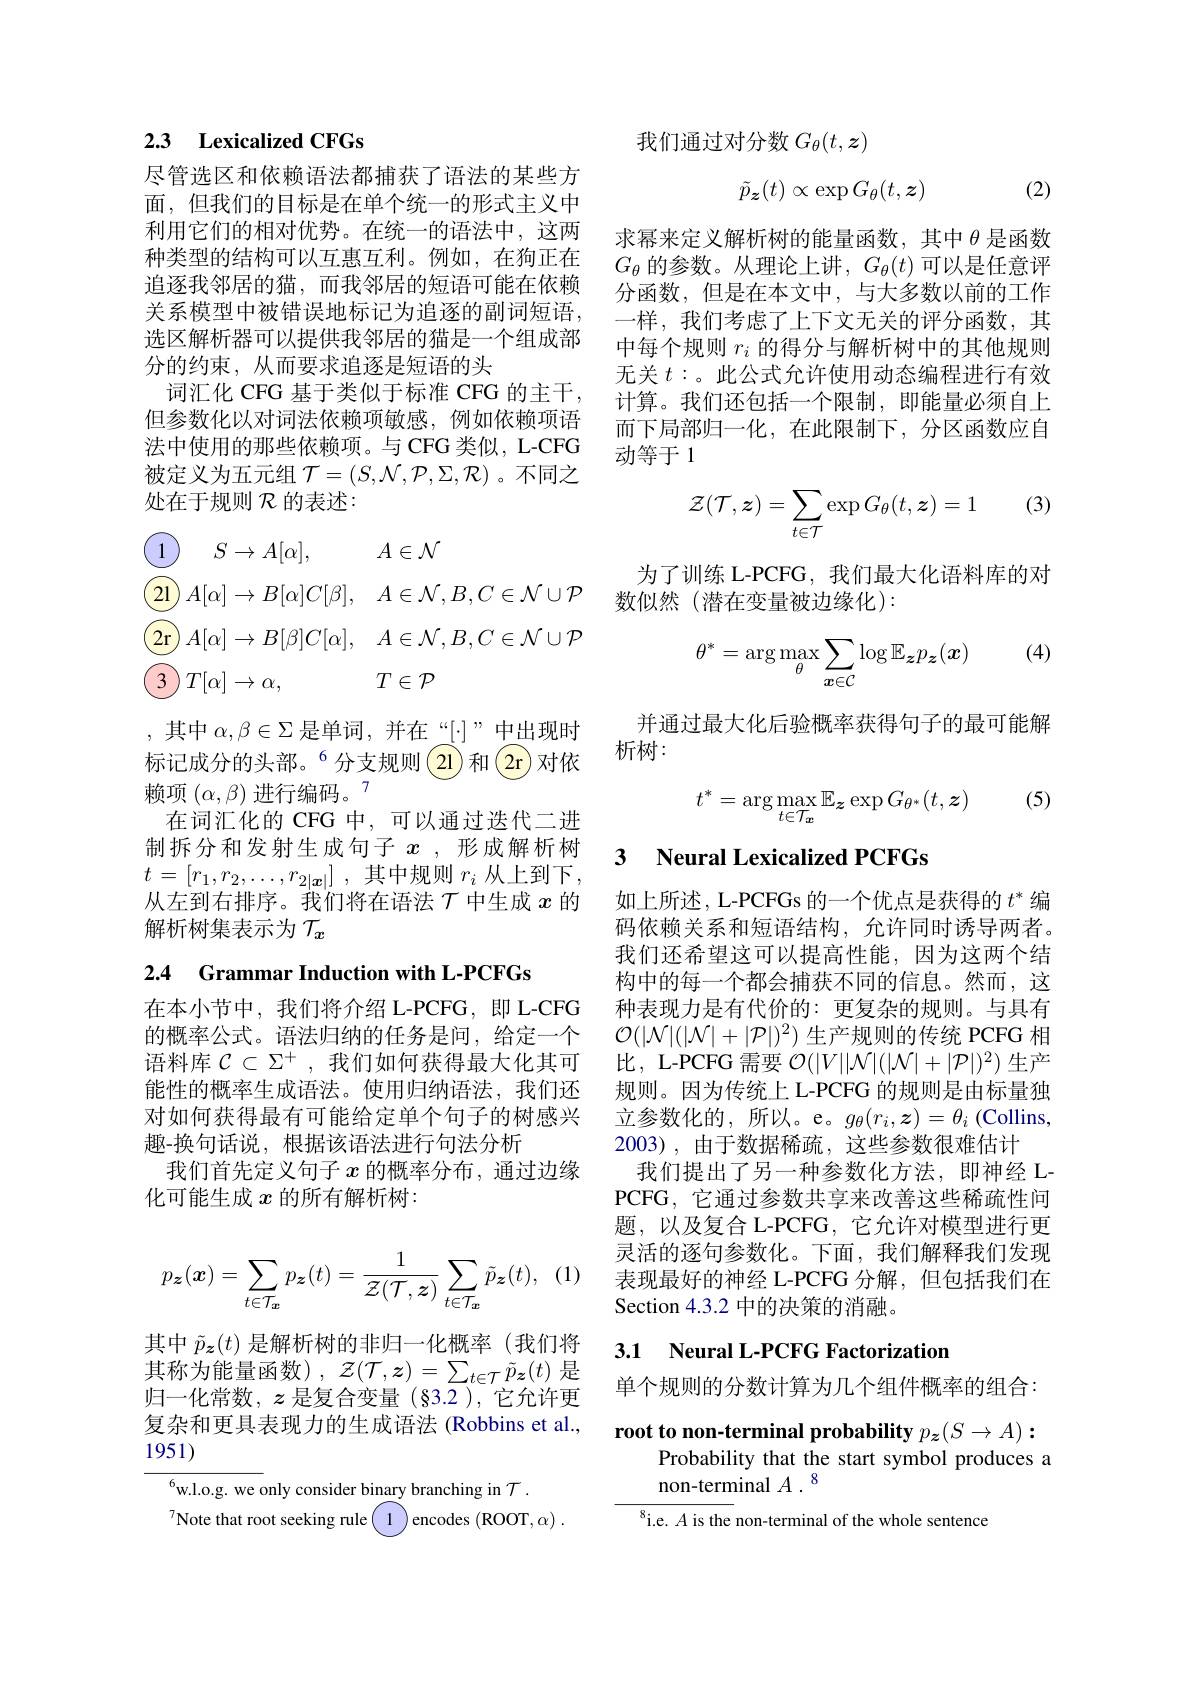
## 2.3 Lexicalized CFGs

尽管选区和依赖语法都捕获了语法的某些方面，但我们的目标是在单个统一的形式主义中利用它们的相对优势。在统一的语法中，这两种类型的结构可以互惠互利。例如，在狗正在追逐我邻居的猫，而我邻居的短语可能在依赖关系模型中被错误地标记为追逐的副词短语， 选区解析器可以提供我邻居的猫是一个组成部分的约束，从而要求追逐是短语的头
词汇化 CFG 基于类似于标准 CFG 的主干， 但参数化以对词法依赖项敏感，例如依赖项语法中使用的那些依赖项。与 CFG 类似，L-CFG 被定义为五元组$\mathcal{T}=(S,\mathcal{N},\mathcal{P},\Sigma,\mathcal{R})$。不同之处在于规则$\mathcal{R}$的表述：
$$\begin{aligned}&\textcircled{1}\quad S\to A[\alpha],\quad A\in\mathcal{N}\\&\textcircled{21}A[\alpha]\to B[\alpha]C[\beta],\quad A\in\mathcal{N},B,C\in\mathcal{N}\cup\mathcal{P}\\&\textcircled{2\text{r}}A[\alpha]\to B[\beta]C[\alpha],\quad A\in\mathcal{N},B,C\in\mathcal{N}\cup\mathcal{P}\\&\textcircled{3}T[\alpha]\to\alpha,\quad T\in\mathcal{P}\end{aligned}$$
,其中$\alpha,\beta\in\Sigma$是单词，并在“[:]”中出现时标记成分的头部。$^{6}$分支规则(21)和(2r)对依赖项$(\alpha,\beta)\text{ 进行编码。}^{7}$
在词汇化的 CFG 中，可以通过迭代二进制拆分和发射生成句子$x$ ,形成解析树$t= [ r_1, r_2, \ldots , r_{2| \boldsymbol{x}| }]$ ,其中规则 $r_i$ 从上到下. 从左到右排序。我们将在语法$\mathcal{T}$中生成 $x$ 的解析树集表示为$\tau_x$
2.4 Grammar Induction with L-PCFGs

在本小节中，我们将介绍 L-PCFG,即 L-CFG 的概率公式。语法归纳的任务是问，给定一个语料库$\mathcal{C}\subset\Sigma^+$,我们如何获得最大化其可能性的概率生成语法。使用归纳语法，我们还对如何获得最有可能给定单个句子的树感兴趣-换句话说，根据该语法进行句法分析
我们首先定义句子$x$的概率分布，通过边缘
化可能生成$x$的所有解析树：
$$p_{\boldsymbol{z}}(\boldsymbol{x})=\sum_{t\in\mathcal{T}_{\boldsymbol{x}}}p_{\boldsymbol{z}}(t)=\frac{1}{\mathcal{Z}(\mathcal{T},\boldsymbol{z})}\sum_{t\in\mathcal{T}_{\boldsymbol{x}}}\tilde{p}_{\boldsymbol{z}}(t),$$
其中$\tilde{p}_{\boldsymbol{z}}(t)$是解析树的非归一化概率(我们将其称为能量函数), $\mathcal{Z}(\mathcal{T},z)=\sum_{t\in\mathcal{T}}\tilde{p}_{\boldsymbol{z}}(t)$是归一化常数，$\boldsymbol{z}$是复合变量 (§3.2),它允许更复杂和更具表现力的生成语法 (Robbins et al., 1951)

${^{6}\mathrm{w. l. o. g. ~we~only~consider~binary~branching~in~}\mathcal{T} }$ .
$^{7}$Note that root seeking rule$\begin{pmatrix}1\\\end{pmatrix}$encodes (ROOT,α).

我们通过对分数$G_\theta(t,\boldsymbol{z})$
$$\tilde{p}_{\boldsymbol{z}}(t)\propto\exp G_{\theta}(t,\boldsymbol{z})$$
(2)

求幂来定义解析树的能量函数，其中$\theta$是函数$G_{\theta}$的参数。从理论上讲，$G_\theta(t)$可以是任意评分函数，但是在本文中，与大多数以前的工作一样，我们考虑了上下文无关的评分函数，其中每个规则$r_i$的得分与解析树中的其他规则无关$t:$。此公式允许使用动态编程进行有效计算。我们还包括一个限制，即能量必须自上而下局部归一化，在此限制下，分区函数应自动等于1

(3)
$$\mathcal{Z}(\mathcal{T},\boldsymbol{z})=\sum_{t\in\mathcal{T}}\exp G_\theta(t,\boldsymbol{z})=1$$
为了训练 L-PCFG, 我们最大化语料库的对
数似然(潜在变量被边缘化):

(4)
$$\theta^*=\arg\max_\theta\sum_{\boldsymbol{x}\in\mathcal{C}}\log\mathbb{E}_\boldsymbol{z}p_\boldsymbol{z}(\boldsymbol{x})$$
并通过最大化后验概率获得句子的最可能解
析树：

(5)
$$t^*=\arg\max_{t\in\mathcal{T}_{\boldsymbol{x}}}\mathbb{E}_{\boldsymbol{z}}\exp G_{\theta^*}(t,\boldsymbol{z})$$
## 3 Neural Lexicalized PCFGs

如上所述，L-PCFGs 的一个优点是获得的$t^*$编码依赖关系和短语结构，允许同时诱导两者。我们还希望这可以提高性能，因为这两个结构中的每一个都会捕获不同的信息。然而，这种表现力是有代价的：更复杂的规则。与具有$\mathcal{O}(|\mathcal{N}|(|\mathcal{N}|+|\mathcal{P}|)^2)$生产规则的传统 PCFG 相比，L-PCFG 需要$\mathcal{O}(|V||\mathcal{N}|(|\mathcal{N}|+|\mathcal{P}|)^2)$生产规则。因为传统上 L-PCFG 的规则是由标量独立参数化的，所以。e。$g_\theta(r_i,\boldsymbol{z})=\theta_i$(Collins, 2003),由于数据稀疏，这些参数很难估计
我们提出了另一种参数化方法，即神经 LPCFG, 它通过参数共享来改善这些稀疏性问题，以及复合 L-PCFG, 它允许对模型进行更灵活的逐句参数化。下面，我们解释我们发现表现最好的神经 L-PCFG 分解，但包括我们在Section 4.3.2 中的决策的消融。

## 3.1 Neural L-PCFG Factorization

单个规则的分数计算为几个组件概率的组合：

root to non-terminal probability $p_{\boldsymbol{z}}(S\to A):$
Probability that the start symbol produces a
# non-terminal $A$ $. ^{8}$

$^{8}$i.e. $A$ is the non-terminal of the whole sentence